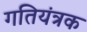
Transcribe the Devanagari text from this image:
गतियंत्रक